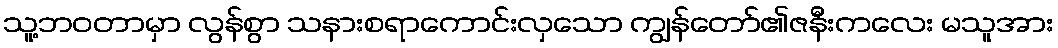
သူ့ဘဝတာမှာ လွန်စွာ သနားစရာကောင်းလှသော ကျွန်တော်၏ဇနီးကလေး မသူအား